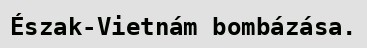
Észak-Vietnám bombázása.